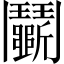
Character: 鬭